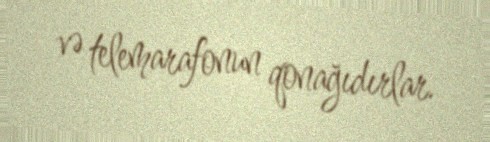
və telemarafonun qonağıdırlar.